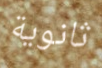
ثانوية